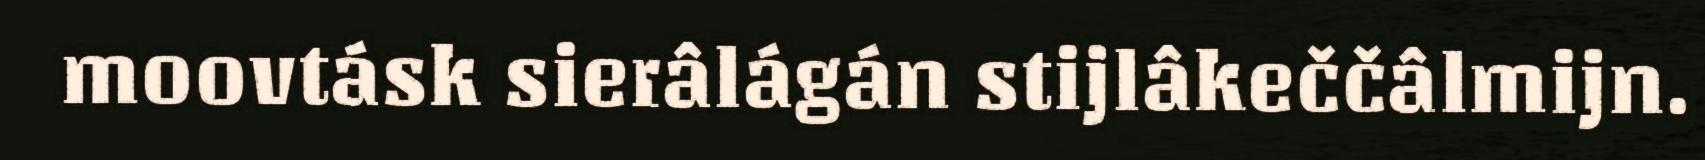
moovtásk sierâlágán stijlâkeččâlmijn.